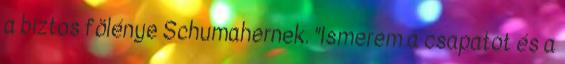
a biztos fölénye Schumahernek. "Ismerem a csapatot és a